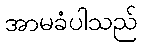
အာမခံပါသည်